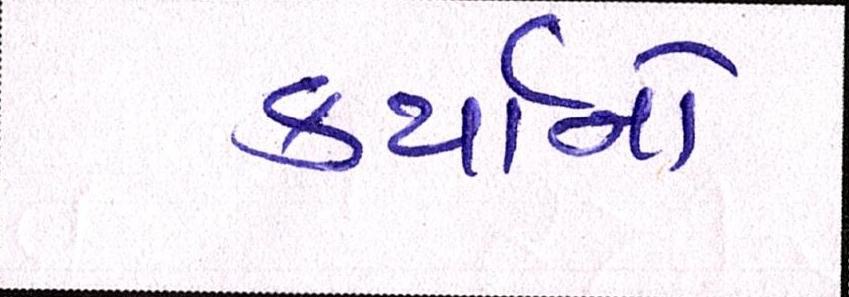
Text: કર્યાનો